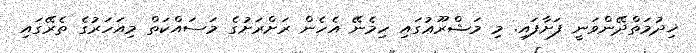
ޚިދުމަތްދޭންވަނީ ފަށާފައި. މި މަޝްރޫޢުގައި ހިމެނޭ އެހެން ރަށްރަށުގެ މަސައްކަތް މިއަހަރުގެ ތެރޭގައި